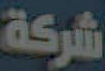
شركة